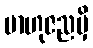
ဗာဟုဇညမှိ